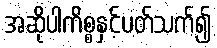
အဆိုပါကိစ္စနှင့်ပတ်သက်၍